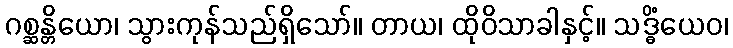
ဂစ္ဆန္တိယော၊ သွားကုန်သည်ရှိသော်။ တာယ၊ ထိုဝိသာခါနှင့်။ သဒ္ဓိံယေဝ၊